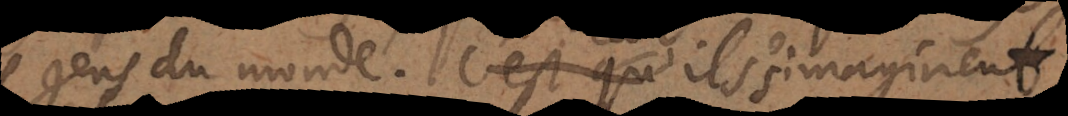
gens du monde. Car ils s’imaginent,